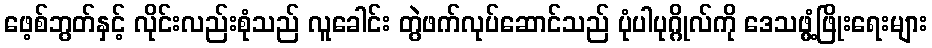
ဖေ့စ်ဘွတ်နှင့် လိုင်းလည်းစုံသည် လူခေါင်း တွဲဖက်လုပ်ဆောင်သည် ပုံပါပုဂ္ဂိုလ်ကို ဒေသဖွံ့ဖြိုးရေးများ